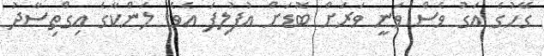
ގޭހުގެ އަގު ވެސް ވަނީ ވަރަށް ބޮޑަށް އުފުލިފަ އެވެ. ލަންކާގެ އިގްތިސާދު